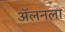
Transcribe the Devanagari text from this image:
अॅलनला